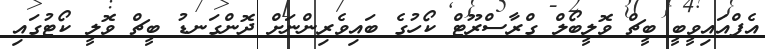
އެފްއައިވީބީ ބީޗް ވޮލީބޯލް ގްރާސްރޫޓް ކޯހުގެ ބައިވެރިންނަށް ދޮންގަނޑު ބީޗް ވޮލީ ކޯޓުގައި